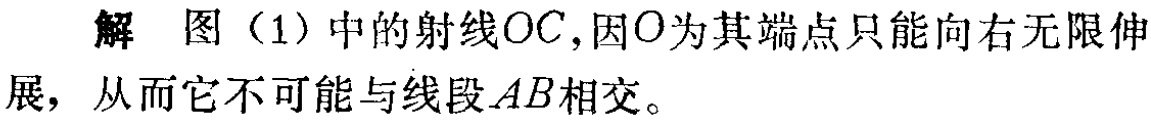
解 图（1）中的射线\(OC\)，因\(O\)为其端点只能向右无限伸展，从而它不可能与线段\(AB\)相交。